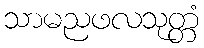
သာမညဖလသုတ္တံ